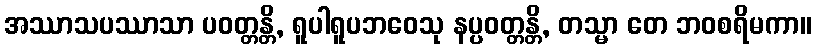
အဿာသပဿာသာ ပဝတ္တန္တိ, ရူပါရူပဘဝေသု နပ္ပဝတ္တန္တိ, တသ္မာ တေ ဘဝစရိမကာ။